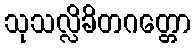
သုသလ္လိခိတဂတ္တော